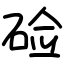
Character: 硷